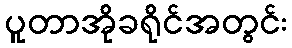
ပူတာအိုခရိုင်အတွင်း